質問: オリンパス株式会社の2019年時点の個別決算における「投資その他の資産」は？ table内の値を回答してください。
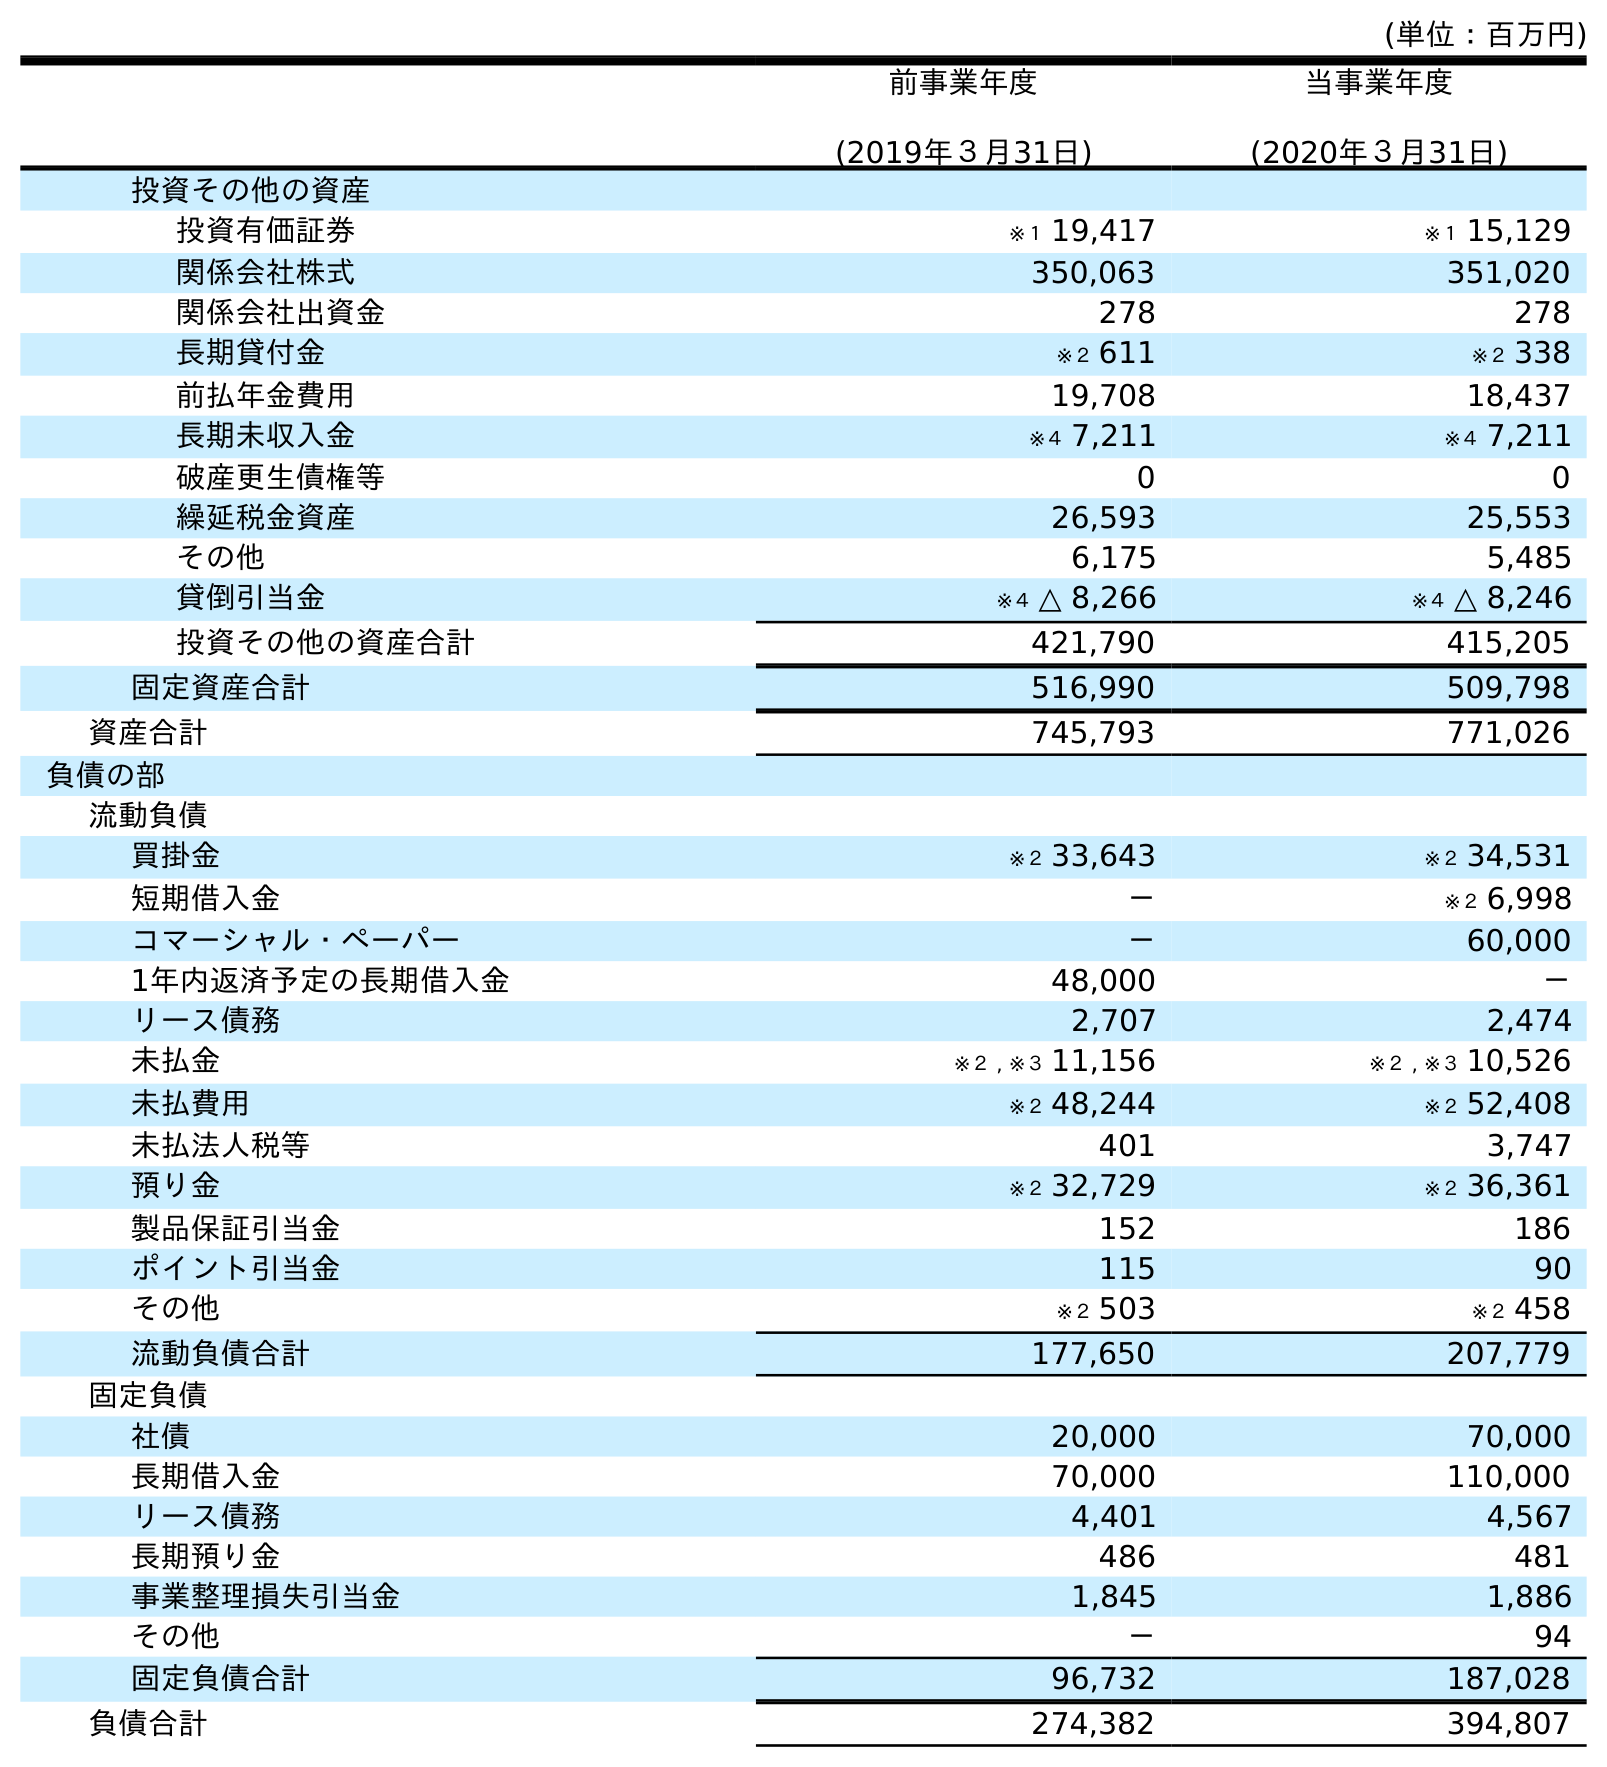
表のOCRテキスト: (単位：百万円) 前事業年度 (2019年３月31日) 当事業年度 (2020年３月31日) 投資その他の資産 投資有価証券 ※１ 19,417 ※１ 15,129 関係会社株式 350,063 351,020 関係会社出資金 278 278 長期貸付金 ※２ 611 ※２ 338 前払年金費用 19,708 18,437 長期未収入金 ※４ 7,211 ※４ 7,211 破産更生債権等 0 0 繰延税金資産 26,593 25,553 その他 6,175 5,485 貸倒引当金 ※４ △ 8,266 ※４ △ 8,246 投資その他の資産合計 421,790 415,205 固定資産合計 516,990 509,798 資産合計 745,793 771,026 負債の部 流動負債 買掛金 ※２ 33,643 ※２ 34,531 短期借入金 － ※２ 6,998 コマーシャル・ペーパー － 60,000 1年内返済予定の長期借入金 48,000 － リース債務 2,707 2,474 未払金 ※２ , ※３ 11,156 ※２ , ※３ 10,526 未払費用 ※２ 48,244 ※２ 52,408 未払法人税等 401 3,747 預り金 ※２ 32,729 ※２ 36,361 製品保証引当金 152 186 ポイント引当金 115 90 その他 ※２ 503 ※２ 458 流動負債合計 177,650 207,779 固定負債 社債 20,000 70,000 長期借入金 70,000 110,000 リース債務 4,401 4,567 長期預り金 486 481 事業整理損失引当金 1,845 1,886 その他 － 94 固定負債合計 96,732 187,028 負債合計 274,382 394,807
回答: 421,790